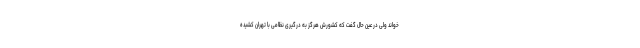
خواند ولی در عین حال گفت که کشورش هرگز به درگیری نظامی با تهران کشیده